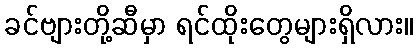
ခင်ဗျားတို့ဆီမှာ ရင်ထိုးတွေများရှိလား။